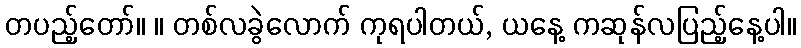
တပည့်တော်။ ။ တစ်လခွဲလောက် ကုရပါတယ်, ယနေ့ ကဆုန်လပြည့်နေ့ပါ။